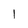
Character: 1